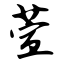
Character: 萱